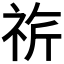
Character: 𥙚